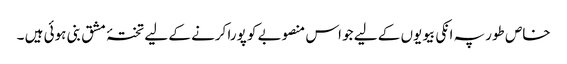
خاص طور پہ انکی بیویوں کے لیے جو اس منصوبے کو پورا کرنے کے لیے تختۂ مشق بنی ہوئی ہیں ۔